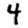
Digit: 4